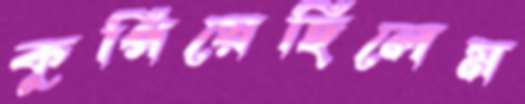
কুপিয়েছিলেম